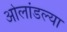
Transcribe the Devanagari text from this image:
ओलांडल्या